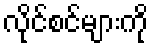
လိုင်စင်များကို